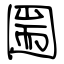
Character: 圌